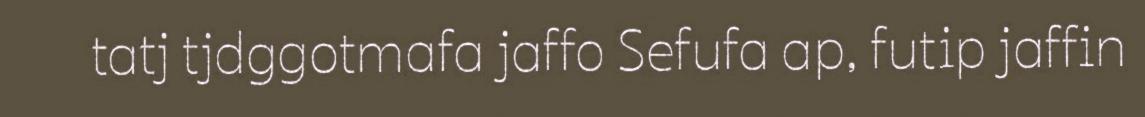
tatj tjdggotmafa jaffo Sefufa ap, futip jaffin